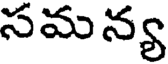
సమన్య